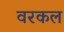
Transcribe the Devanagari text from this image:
वरकल